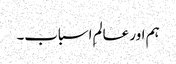
ہم اور عالمِ اسباب۔